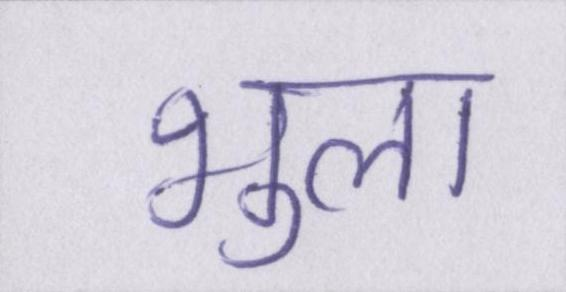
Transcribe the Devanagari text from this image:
भुला